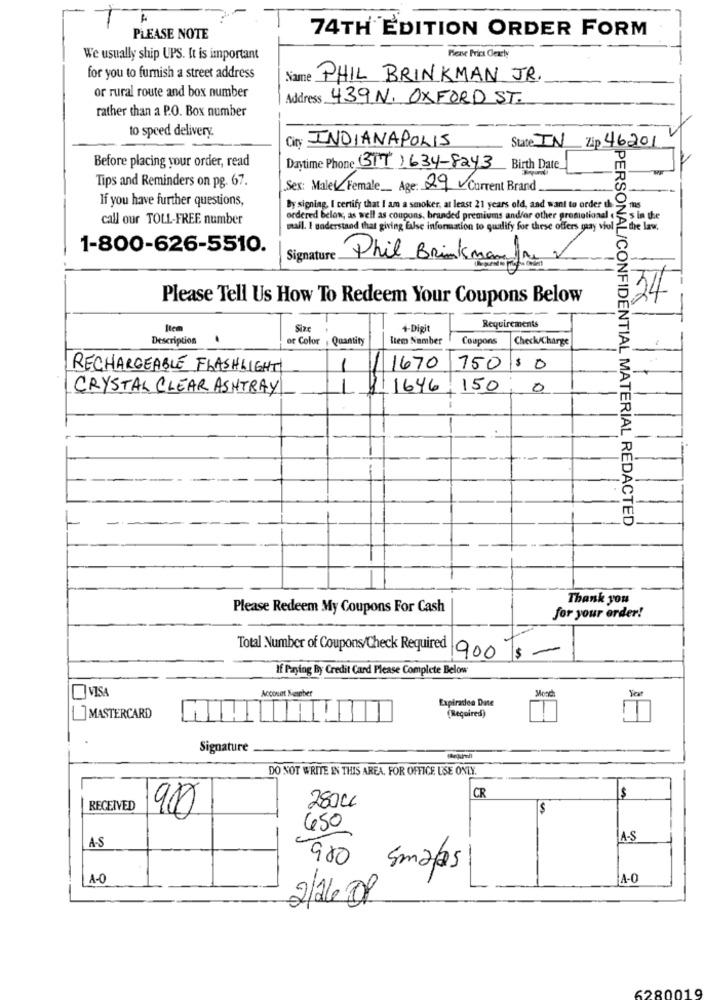
74TH EDITION ORDER FORM
PLEASE NOTE
We usually ship UPS. It is important
Please Prict Clearly
for you to furnish a street address
Name PHIL BRINKMAN JR.
or rural route and box number
Address 439 N. OXFORD ST.
rather than a P.O. Box number
to speed delivery.
City: INDIANAPOLIS
State IN Zip 46201
Before placing your order, read
Daytime Phone (317) 634-8243 Birth Date
Tips and Reminders on pg. 67.
Sex: Male Female Age: 29 Current Brand.
If you have further questions,
By signing. [ certify that I am a smoker, at least 21 years old, and want to order the-
call our TOLL-FREE number
ordered below, as well as coupons, branded premiums and/or other promotional
's in the
mail. I understand that giving false information to qualify for these offers maay viol
the law.
1-800-626-5510.
Signature.
Phil Brinkman
Please Tell Us How To Redeem Your Coupons Below
24
Item
Size
4-Digit
Requirements
Description
of Color , Quantity
Item Number
Coupons
CheckACharge
RECHARGEABLE FLASHLIGHT
1670
750 $0
CRYSTAL CLEAR ASHTRAY
1646
150
0
PERSONAL/CONFIDENTIAL MATERIAL REDACTED
Thank you
Please Redeem My Coupons For Cash
for your order!
Total Number of Coupons/Check Required
900 $-
If Paying By Credit Card Please Complete Below
Monch
VISA
Account Meseber
Expiration Date
[]MASTERCARD
(Required)
Signature
DO NOT WRITE IN THIS AREA. FOR OFFICE USE ONLY.
-
CR
280CL
$
RECEIVED
900
$
650
A-S
A-S
980
Smaas
1-0
A-O
2/26.01
6280019